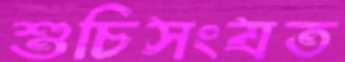
শুচিসংযত